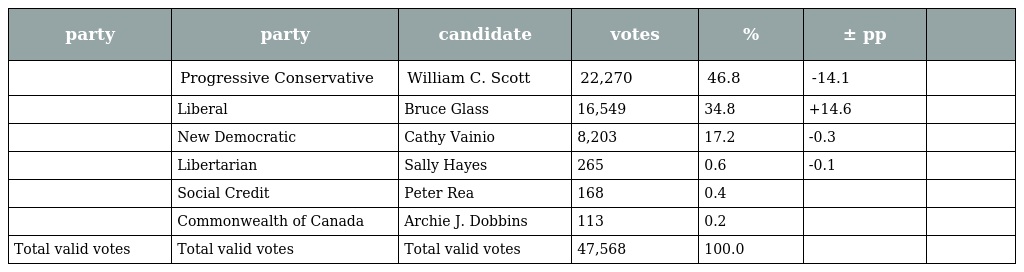
| party | party | candidate | votes | % | ± pp |  |
 | --- | --- | --- | --- | --- | --- | --- |
 |  | Progressive Conservative | William C. Scott | 22,270 | 46.8 | -14.1 |  |
 |  | Liberal | Bruce Glass | 16,549 | 34.8 | +14.6 |  |
 |  | New Democratic | Cathy Vainio | 8,203 | 17.2 | -0.3 |  |
 |  | Libertarian | Sally Hayes | 265 | 0.6 | -0.1 |  |
 |  | Social Credit | Peter Rea | 168 | 0.4 |  |  |
 |  | Commonwealth of Canada | Archie J. Dobbins | 113 | 0.2 |  |  |
 | Total valid votes | Total valid votes | Total valid votes | 47,568 | 100.0 |  |  |